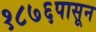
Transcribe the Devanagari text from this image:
१८७६पासून